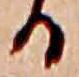
る